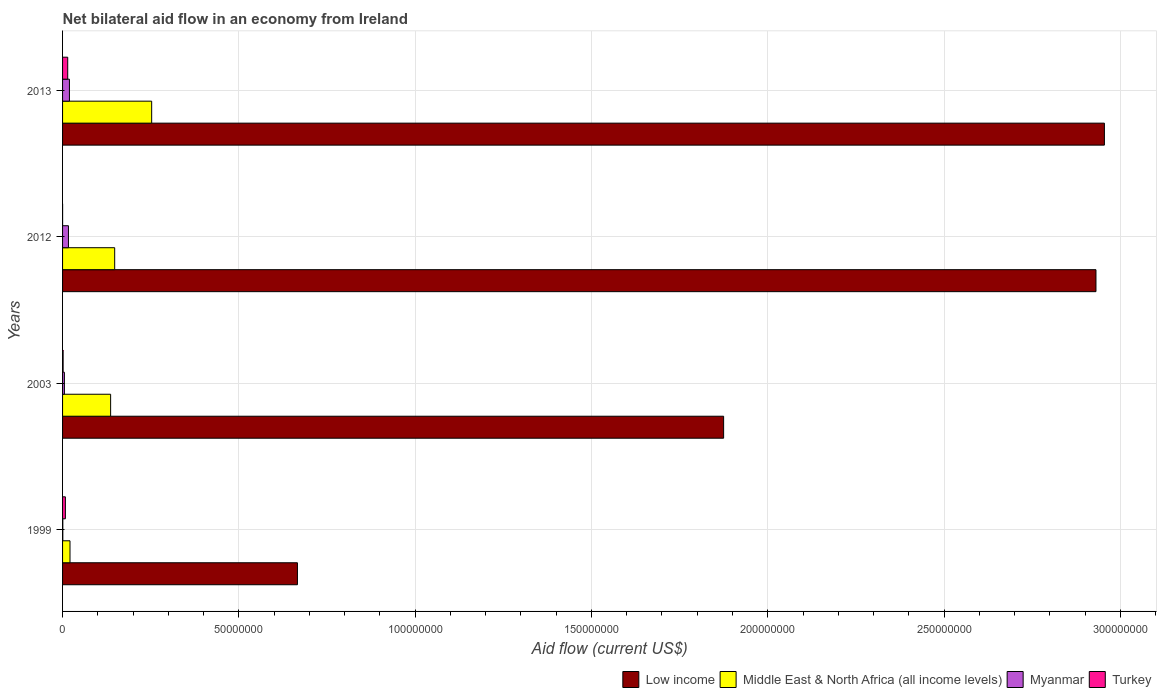
| Years | Low income | Middle East & North Africa (all income levels) | Myanmar | Turkey |
 | --- | --- | --- | --- | --- |
 | 1999 | 6.66e+07 | 2.11e+06 | 7e+04 | 8e+05 |
 | 2003 | 1.87e+08 | 1.36e+07 | 5.2e+05 | 1.6e+05 |
 | 2012 | 2.93e+08 | 1.48e+07 | 1.67e+06 | 1e+04 |
 | 2013 | 2.95e+08 | 2.53e+07 | 1.95e+06 | 1.46e+06 |